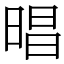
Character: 晿